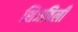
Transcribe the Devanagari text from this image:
शिजविली